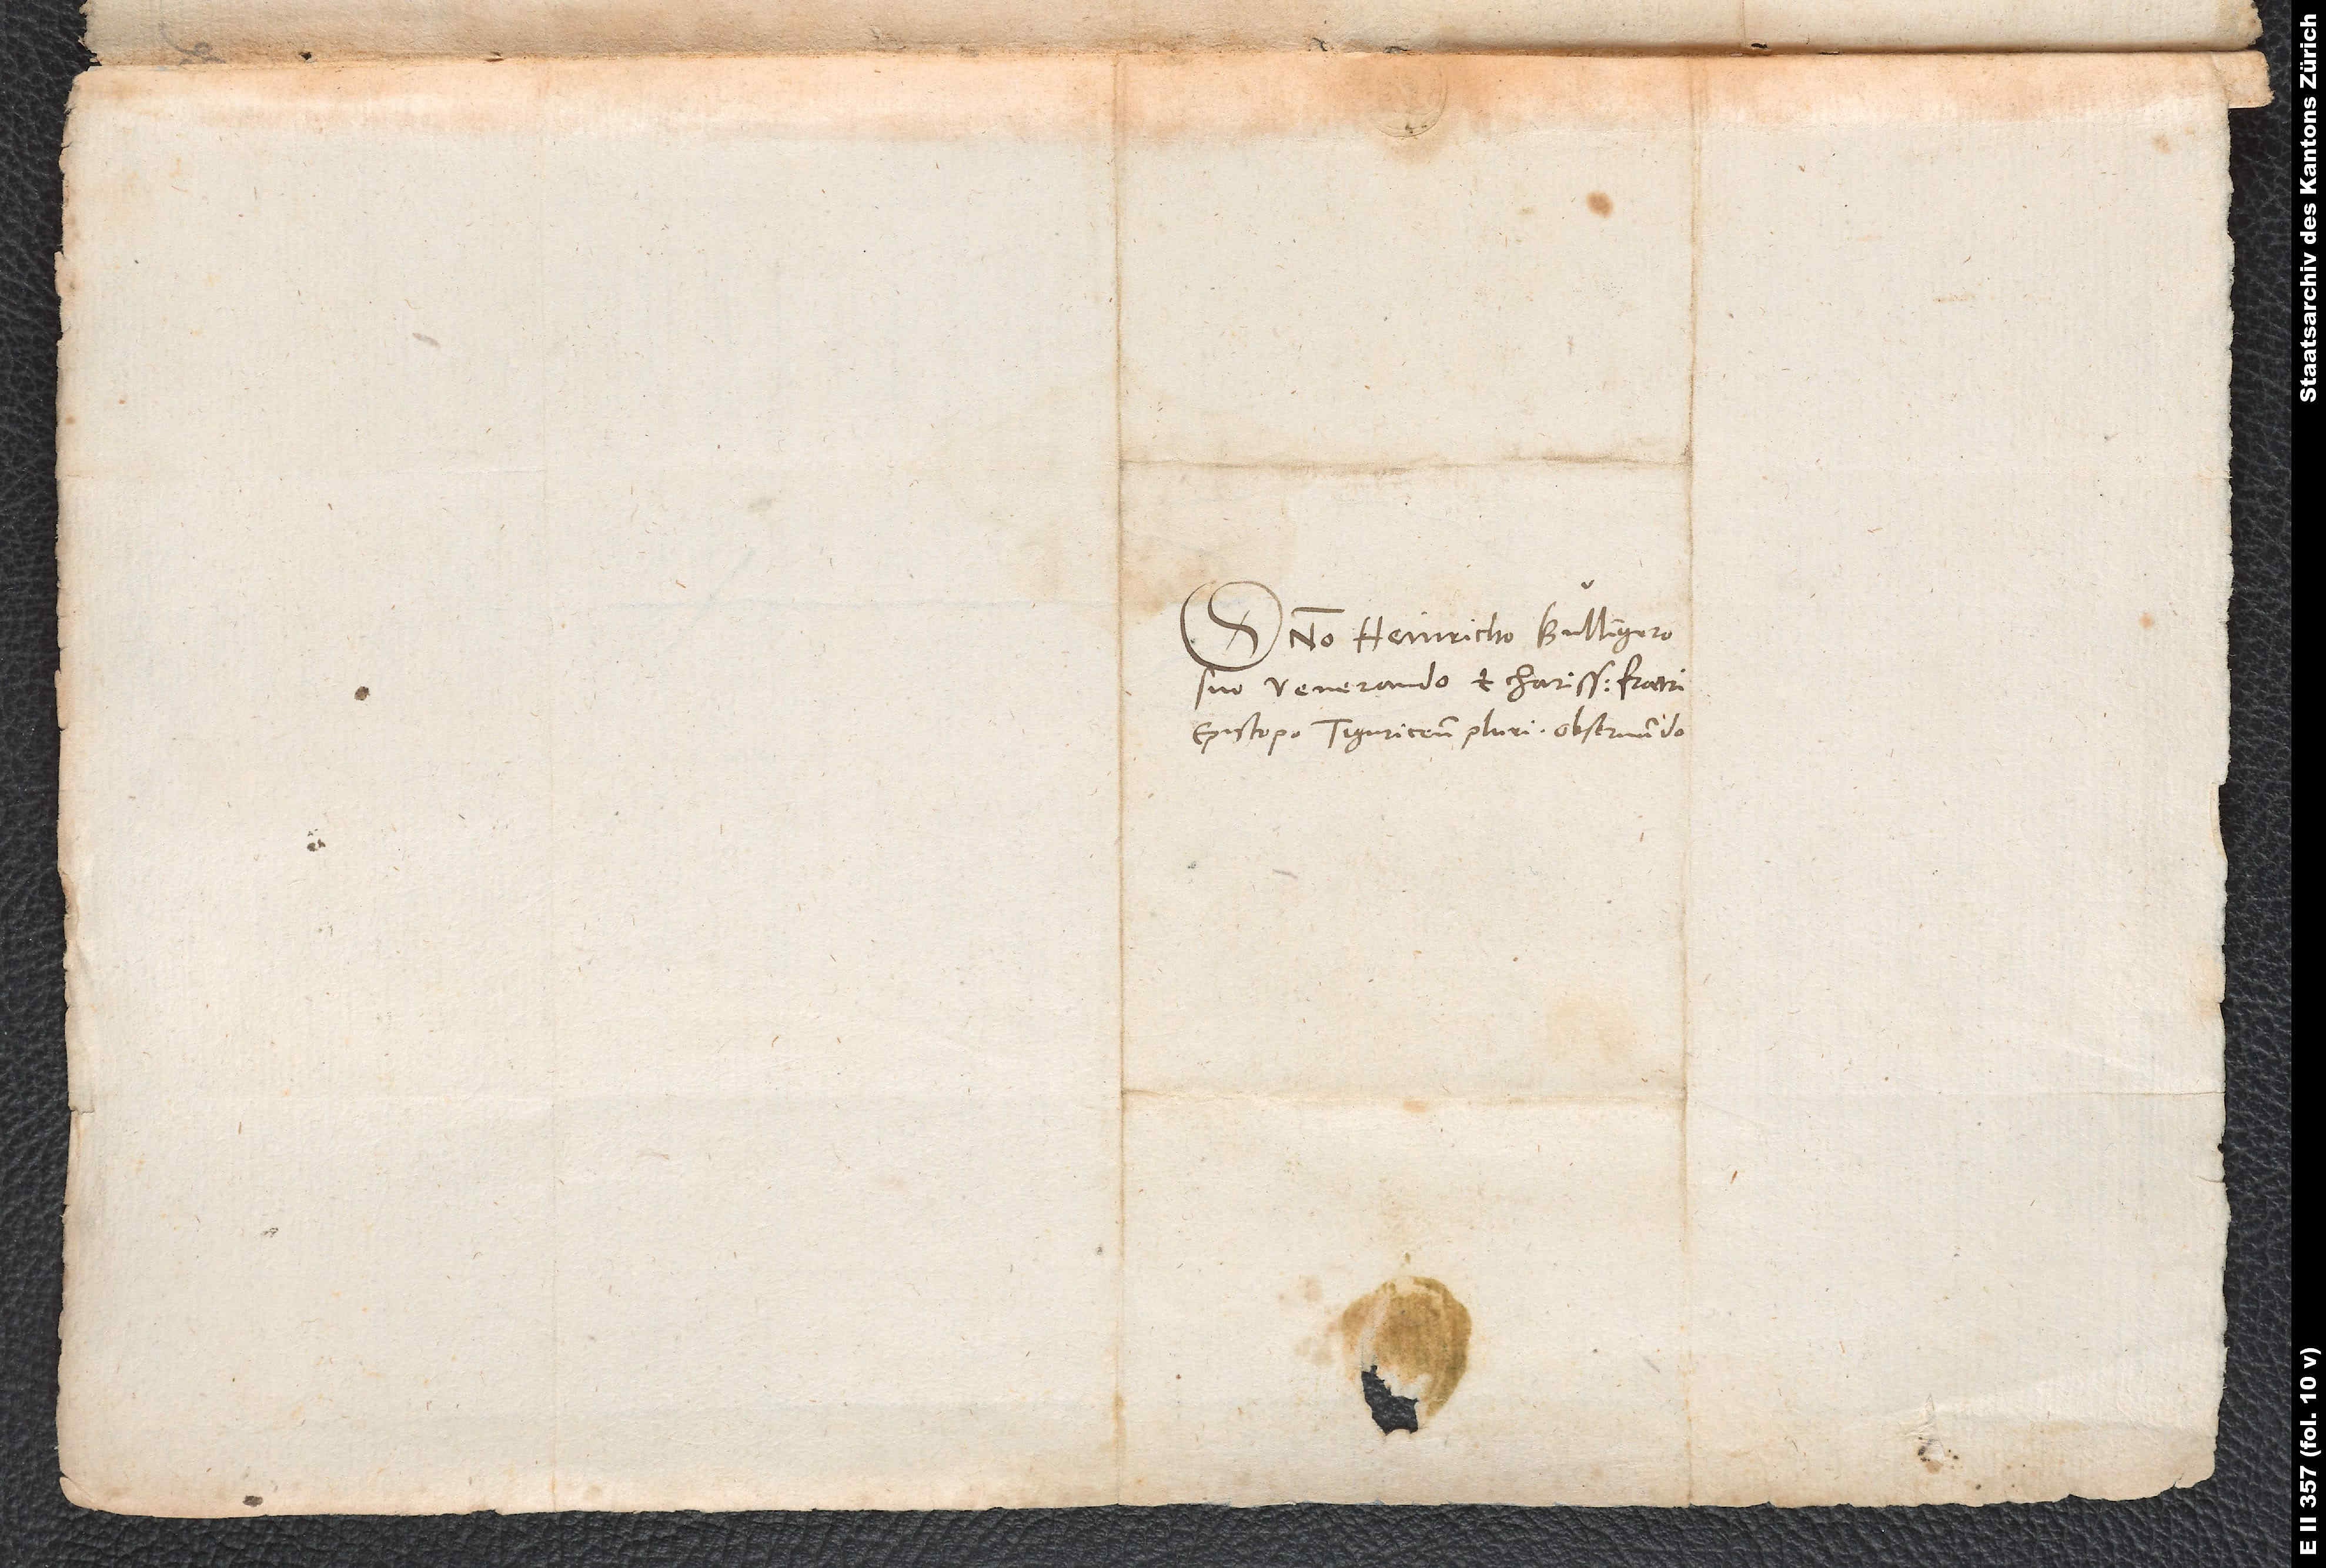
Domino Heinricho Bullingero
suo, venerando et charissimo fratri,
episcopo Tiguricenplurimum observando.